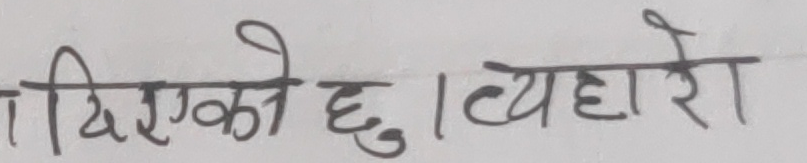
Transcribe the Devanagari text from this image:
दिएको छु। व्यहोरा